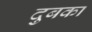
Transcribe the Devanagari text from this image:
दुबका